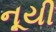
નૂયી